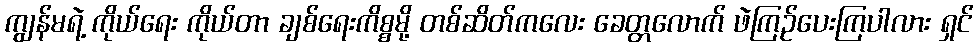
ကျွန်မရဲ့ ကိုယ်ရေး ကိုယ်တာ ချစ်ရေးကိစ္စမို့ တစ်ဆိတ်ကလေး ခေတ္တလောက် ဖဲကြဉ်ပေးကြပါလား ရှင်